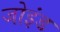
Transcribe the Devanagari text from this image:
जोइंड